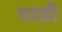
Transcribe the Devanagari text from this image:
पाथ्री